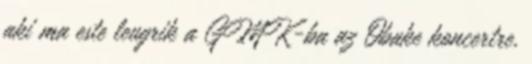
aki ma este leugrik a GMK-ba az Obake koncertre,